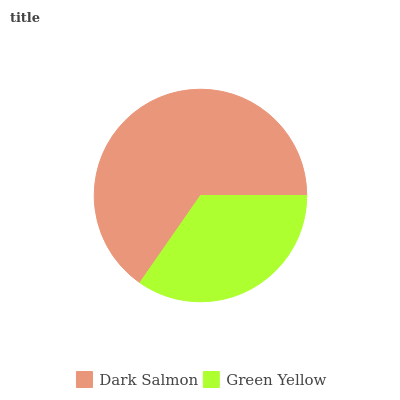
| Dark Salmon | Green Yellow |
 | --- | --- |
 | 65.3% | 34.7% |